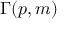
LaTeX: \Gamma ( p , m )